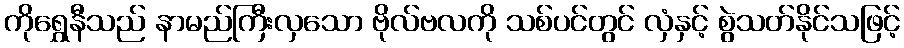
ကိုရွှေနီသည် နာမည်ကြီးလှသော ဗိုလ်ဗလကို သစ်ပင်တွင် လှံနှင့် စွဲသတ်နိုင်သဖြင့်